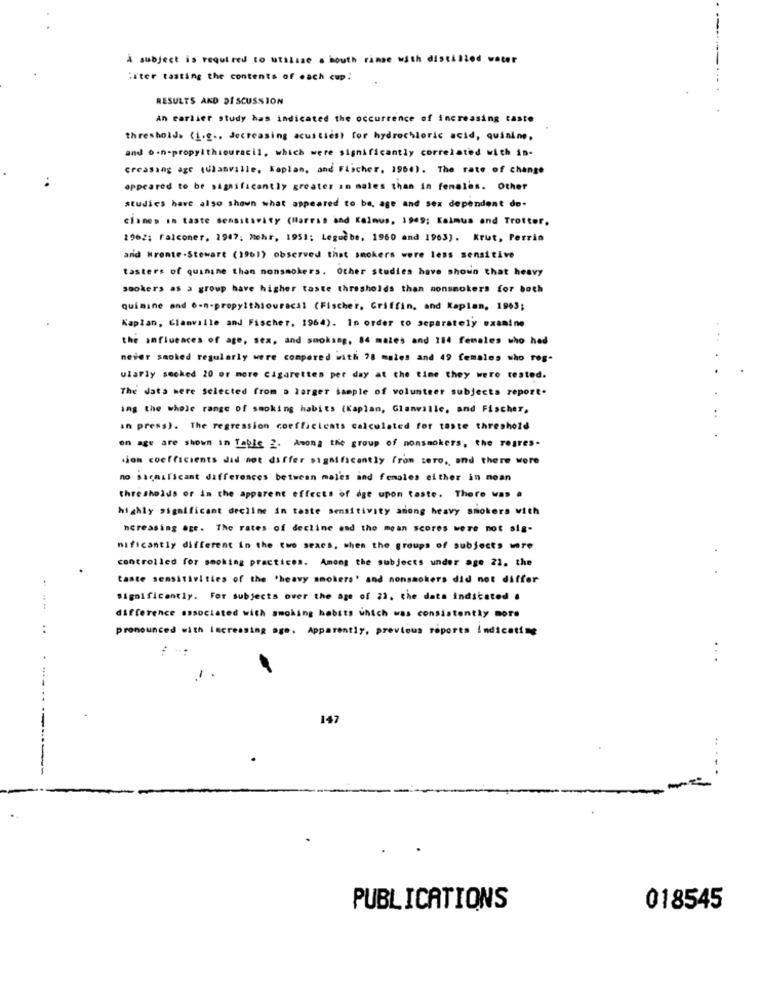
A subject is required to utilize a bowth rinse with distilled water
:iter tasting the contents of each cup:
RESULTS AND DISCUSSION
An earlier study has indicated the occurrence of increasing taste
thresholds (i.e ., decreasing acuities) for hydrochloric acid, quining,
and o.n-propyithiouracil, which were significantly correlated with in-
Creasing age (Clanville, Kaplan, and Fischer, 1960). The rate of change
appeared to be significantly greater in males than in females. Other
studies have also shown what appeared to be, age and sex dependent do-
clanes in taste sensitivity (Harras and Keinus, 1949; Kaimus and Trotter,
1962; Falconer. 1947: Mehr, 1951; Leguebe, 1960 and 1963). Krut, Perrin
and Wrente.Stewart (1961) observed that smokers were less sensitive
tasters of quinine than nonsmokers. Other studies have shown that heavy
smokers as a group have higher taste thresholds than nonsmokers for both
quimine and o-n-propylthiouracil (Fischer, Griffin, and Kaplan, 1963;
Kaplan, Glanville and Fischer, 1964). In order to separately examine
the influences of age, sex, and smoking, 84 males and 114 females who hed
never smoked regularly were compared with 28 males and 49 females who reg.
ularly secked 20 or more cigarettes per day at the time they were tested.
The data were selected from a larger sample of volunteer subjects report.
..
ing the whole range of smoking habits (Kaplan, Glanville, and Fischer,
an press). The regression coefficients calculated for taste threshold
on age are shown in Table 2. Among the group of nonsmokers, the regres-
tion coefficients did not differ significantly from zero, and there were
no significant differences between males and females either in noan
thresholds or in the apparent effects of age upon taste. There was a
highly significant decline in taste sensitivity anong heavy smokers with
ncreasing age. The rates of decline and the mean scores were not sig-
nificantly different in the two seacs, when the groups of subjects were
controlled for smoking practices. Among the subjects under age 22. the
taste sensitivities of the 'heavy smokers' and nonsmokers did not differ
significantly. For subjects over the age of 22. the data indicated .
difference associated with smoking habits which was consistently more
..
pronounced with Increasing ago. Apparently, previous reports indicating
. .
147
--
PUBLICATIONS
018545